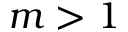
m > 1